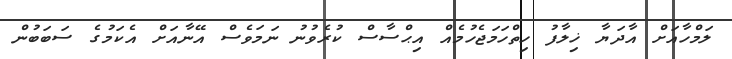
ލަމްހާއަށް އާދަޔާ ޚިލާފު ހިތްހަމަޖެހުމެއް އިޙްސާސް ކުރެވުނު ނަމަވެސް އޭނާއަށް އެކަމުގެ ސަބަބުން